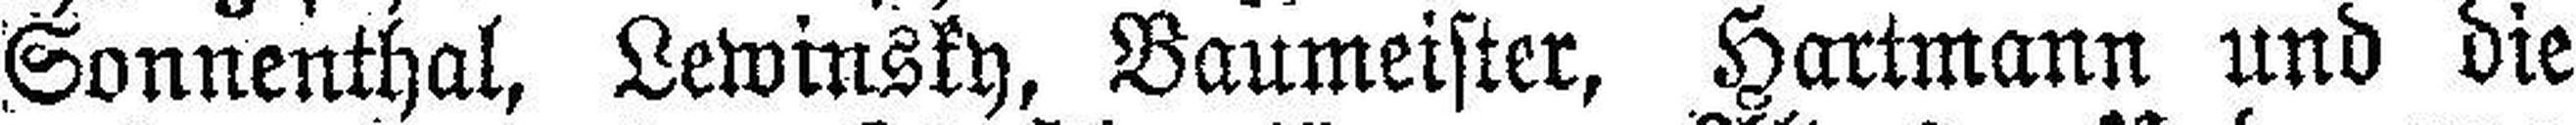
Sonnenthal, Lewinsky, Baumeister, Hartmann und die